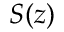
S ( z )